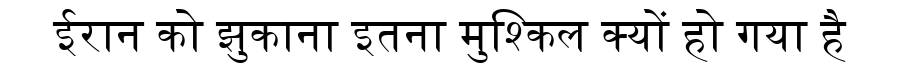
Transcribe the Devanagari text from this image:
ईरान को झुकाना इतना मुश्किल क्यों हो गया है